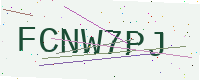
Text: FCNW7PJ